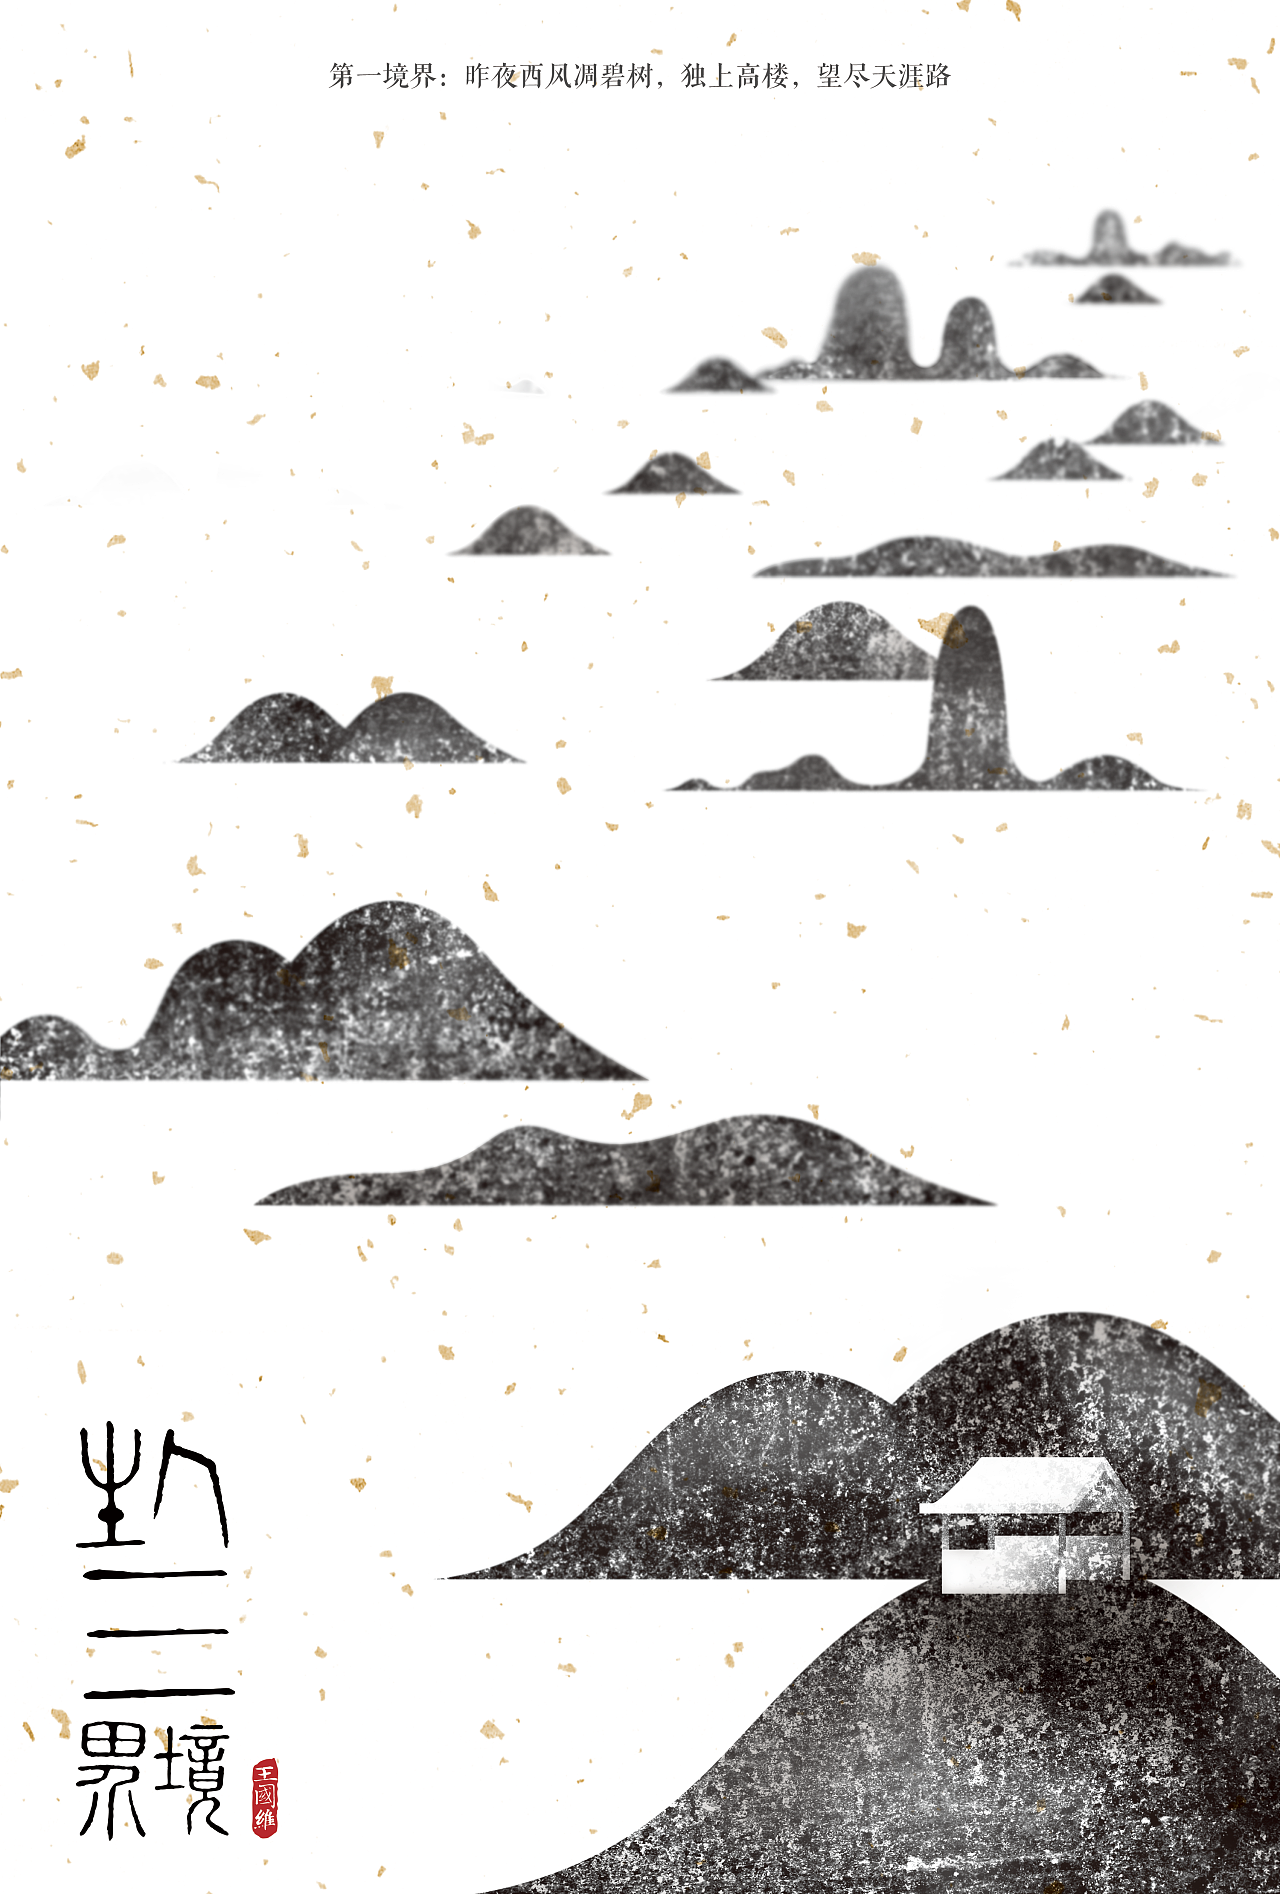
昨夜西风凋碧树，独上高楼，望尽天涯路。